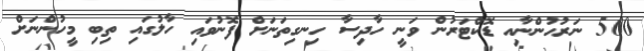
500 ނަރުހުންނާއި ޑޮޮކްޓަރުން ވަނީ ހާދިސާ ހިނގިތަނަށް ފޮނުވައި ހާލުގައި ތިބި މީހުންނަށް